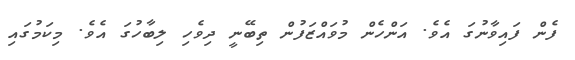
ފެން ފައިވާނުގަ އެވެ. އަންހެން މުވައްޒަފުން ތިބޭނީ ދިވެހި ލިބާހުގަ އެވެ. މިކަމުގައި